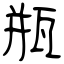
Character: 瓶